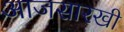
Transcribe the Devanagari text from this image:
आजसारखी